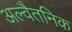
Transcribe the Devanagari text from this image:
अल्वैतनिक